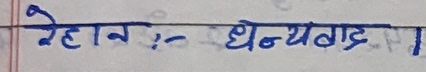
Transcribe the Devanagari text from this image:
रेहानः- धन्यवाद ।